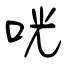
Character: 咣